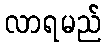
လာရမည်